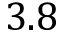
3 . 8